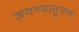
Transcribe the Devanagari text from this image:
जगण्यातूनच